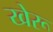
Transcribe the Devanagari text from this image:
खेरू